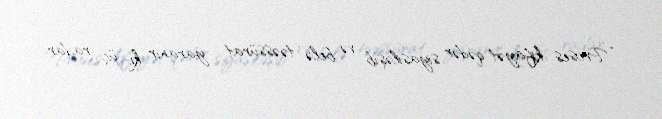
“Proses kifayət qədər siyasiləşib və belə təəssürat yaranır ki, üç radar